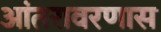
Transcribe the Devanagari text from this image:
आंतरावरणास